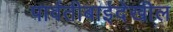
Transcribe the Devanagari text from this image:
पार्वतीबाईदेखील